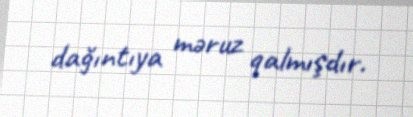
dağıntıya məruz qalmışdır.